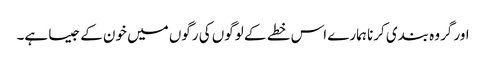
اور گروہ بندی کرنا ہمارے اس خطے کے لوگوں کی رگوں میں خون کے جیسا ہے۔